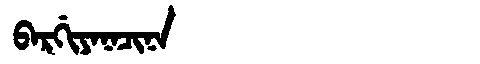
Manchu: ᠪᠠᡵᡤᡳᠶᠠᠨᠠᠴᡳᠨᠠ
Romanization: BARGIYANACINA